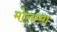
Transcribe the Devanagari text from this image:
मोलम्मा